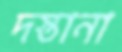
দস্তানা